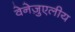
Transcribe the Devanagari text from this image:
वेनेज़ुएलीय